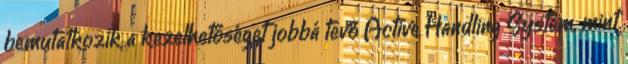
bemutatkozik a kezelhetőséget jobbá tevő Active Handling System, mint